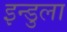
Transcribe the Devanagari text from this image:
इन्डुला